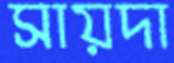
সায়দা